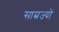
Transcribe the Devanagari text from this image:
साम्रज्यों